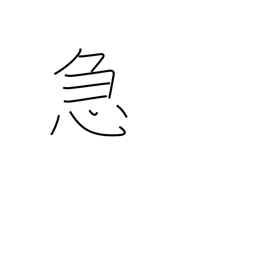
Meaning: emergency